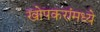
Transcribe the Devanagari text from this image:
खोपकरांमध्ये